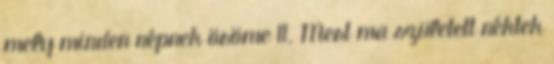
mely minden népnek öröme 11. Mert ma született néktek